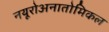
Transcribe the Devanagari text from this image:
नयूरोअनातोमिकल